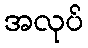
အလုပ်